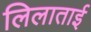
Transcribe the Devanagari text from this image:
लिलाताई